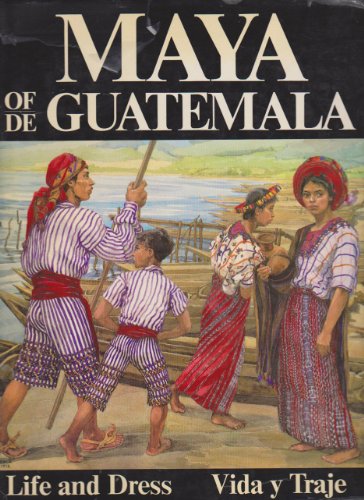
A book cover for The Maya of Guatemala: Life and Dress (English and Spanish Edition); Carmen L. Pettersen; History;